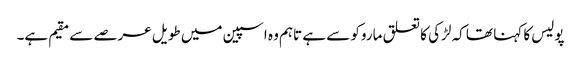
پولیس کا کہنا تھا کہ لڑکی کا تعلق ماروکو سے ہے تاہم وہ اسپین میں طویل عرصے سے مقیم ہے۔